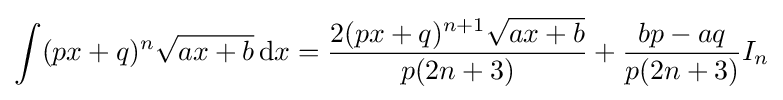
\int (px+q)^{n}{\sqrt {ax+b}}\,{\text{d}}x={\frac {2(px+q)^{n+1}{\sqrt {ax+b}}}{p(2n+3)}}+{\frac {bp-aq}{p(2n+3)}}I_{n}\,\!